Mental hospitals Bombay report 1929-33 - 1929-1933
Year: 1929
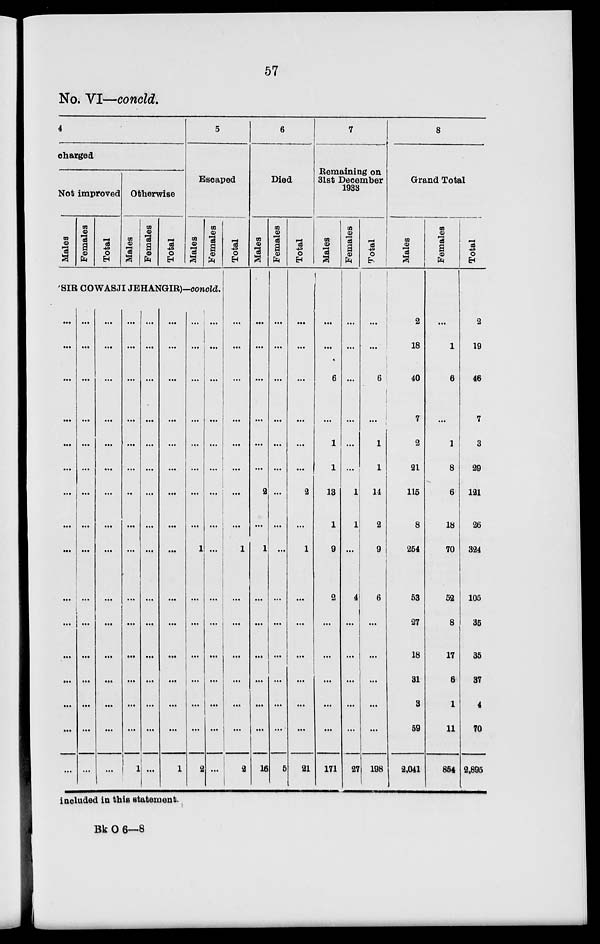
57
No. VI—concld.
4
charged
Not improved
Males
Females
Total
Otherwise
Males
Females
Total
5
Escaped
Males
Females
SIR COWASJI JEHANGIR)-concld.
...
...
...
...
...
...
...
...
...
...
...
...
...
...
...
...
...
...
...
...
...
...
...
...
...
...
...
...
...
...
...
...
...
...
...
...
...
...
...
...
...
...
...
...
...
...
...
...
...
...
...
...
...
...
...
...
...
...
...
...
...
...
...
1
...
...
...
...
...
...
...
...
...
...
...
...
...
...
...
...
...
...
...
...
...
...
...
...
...
...
...
...
...
...
...
1
...
...
...
...
...
...
...
...
1
...
...
...
...
...
...
2
...
...
...
...
...
...
...
...
...
...
...
...
...
...
...
...
Total
...
...
...
...
...
...
...
...
1
...
...
...
...
...
...
2
6
Died
Males
...
...
...
...
...
...
2
...
1
...
...
...
...
...
...
16
Females
...
...
...
...
...
...
...
...
...
...
...
...
...
...
...
5
Total
...
...
...
...
...
...
2
...
1
...
...
...
...
...
...
21
7
Remaining on
31st December
1933
Males
...
...
6
...
1
1
13
1
9
2
...
...
...
...
...
171
Females
...
...
...
...
...
...
1
1
...
4
...
...
...
...
...
27
Total
...
...
6
...
1
1
14
2
9
6
...
...
...
...
...
198
8
Grand Total
Males
2
18
40
7
2
21
115
8
254
53
27
18
31
3
59
2,041
Females
...
1
6
...
1
8
6
18
70
52
8
17
6
1
11
854
Total
2
19
46
7
3
29
121
26
324
105
35
35
37
4
70
2,895
included in this statement.
Bk O 6—8